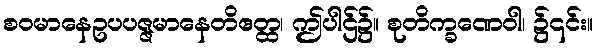
စဝမာနေဥပပဇ္ဇမာနေတိဧတ္ထ၊ ဤပါဌ်၌။ စုတိက္ခဏေဝါ၊ ၌၎င်း။